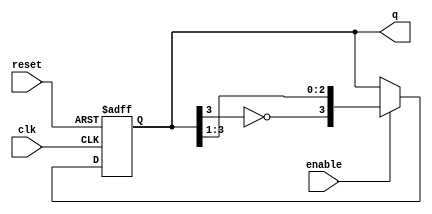
module johnson_counter (
    input wire clk,         // Clock input
    input wire reset,       // Reset signal
    input wire enable,      // Enable signal
    output reg [3:0] q      // 4-bit output for the Johnson counter
);

    // Always block triggered on the rising edge of the clock
    always @(posedge clk or posedge reset) begin
        if (reset) begin
            // Reset the counter to 0000
            q <= 4'b0000;
        end else if (enable) begin
            // Johnson counter logic
            q <= {~q[3], q[3:1]}; // Shift and feedback the inverted last bit
        end
        // If enable is low, retain the current state (no else needed)
    end

endmodule